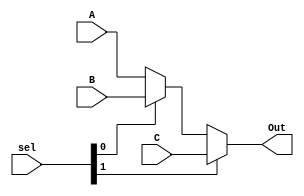
`timescale 1ns / 1ps

module mux2(
    input [31:0] A,
    input [31:0] B,
    input [31:0] C,
    input [1:0] sel,
    output  [31:0] Out
);

assign Out = sel[1]? C:(sel[0]? B:A);
endmodule